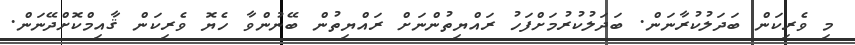
މި ވެރިކަން ބަދަލުކުރާނަން. ބަދަލުކުރުމަށްފަހު ރައްޔިތުންނަށް ރައްޔިތުން ބޭނުންވާ ހެޔޮ ވެރިކަން ޤާއިމްކޮށްދޭނަން.